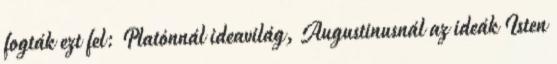
fogták ezt fel: Platónnál ideavilág, Augustinusnál az ideák Isten